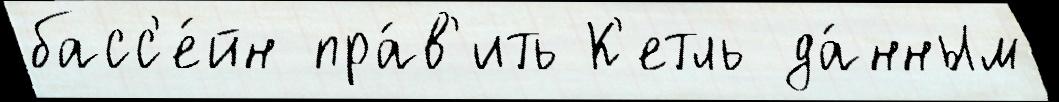
басс'е́йн пра́в'ить К'етль да́нным